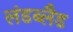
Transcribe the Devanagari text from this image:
लंडब्लैड